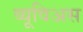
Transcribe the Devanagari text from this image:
व्यूविअस